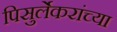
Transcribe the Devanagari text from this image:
पिसुर्लेकरांच्या